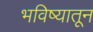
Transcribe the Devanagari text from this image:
भविष्यातून